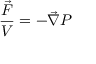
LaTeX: { \frac { \vec { F } } { V } } = - { \vec { \nabla } } P